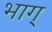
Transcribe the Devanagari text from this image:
भाग्